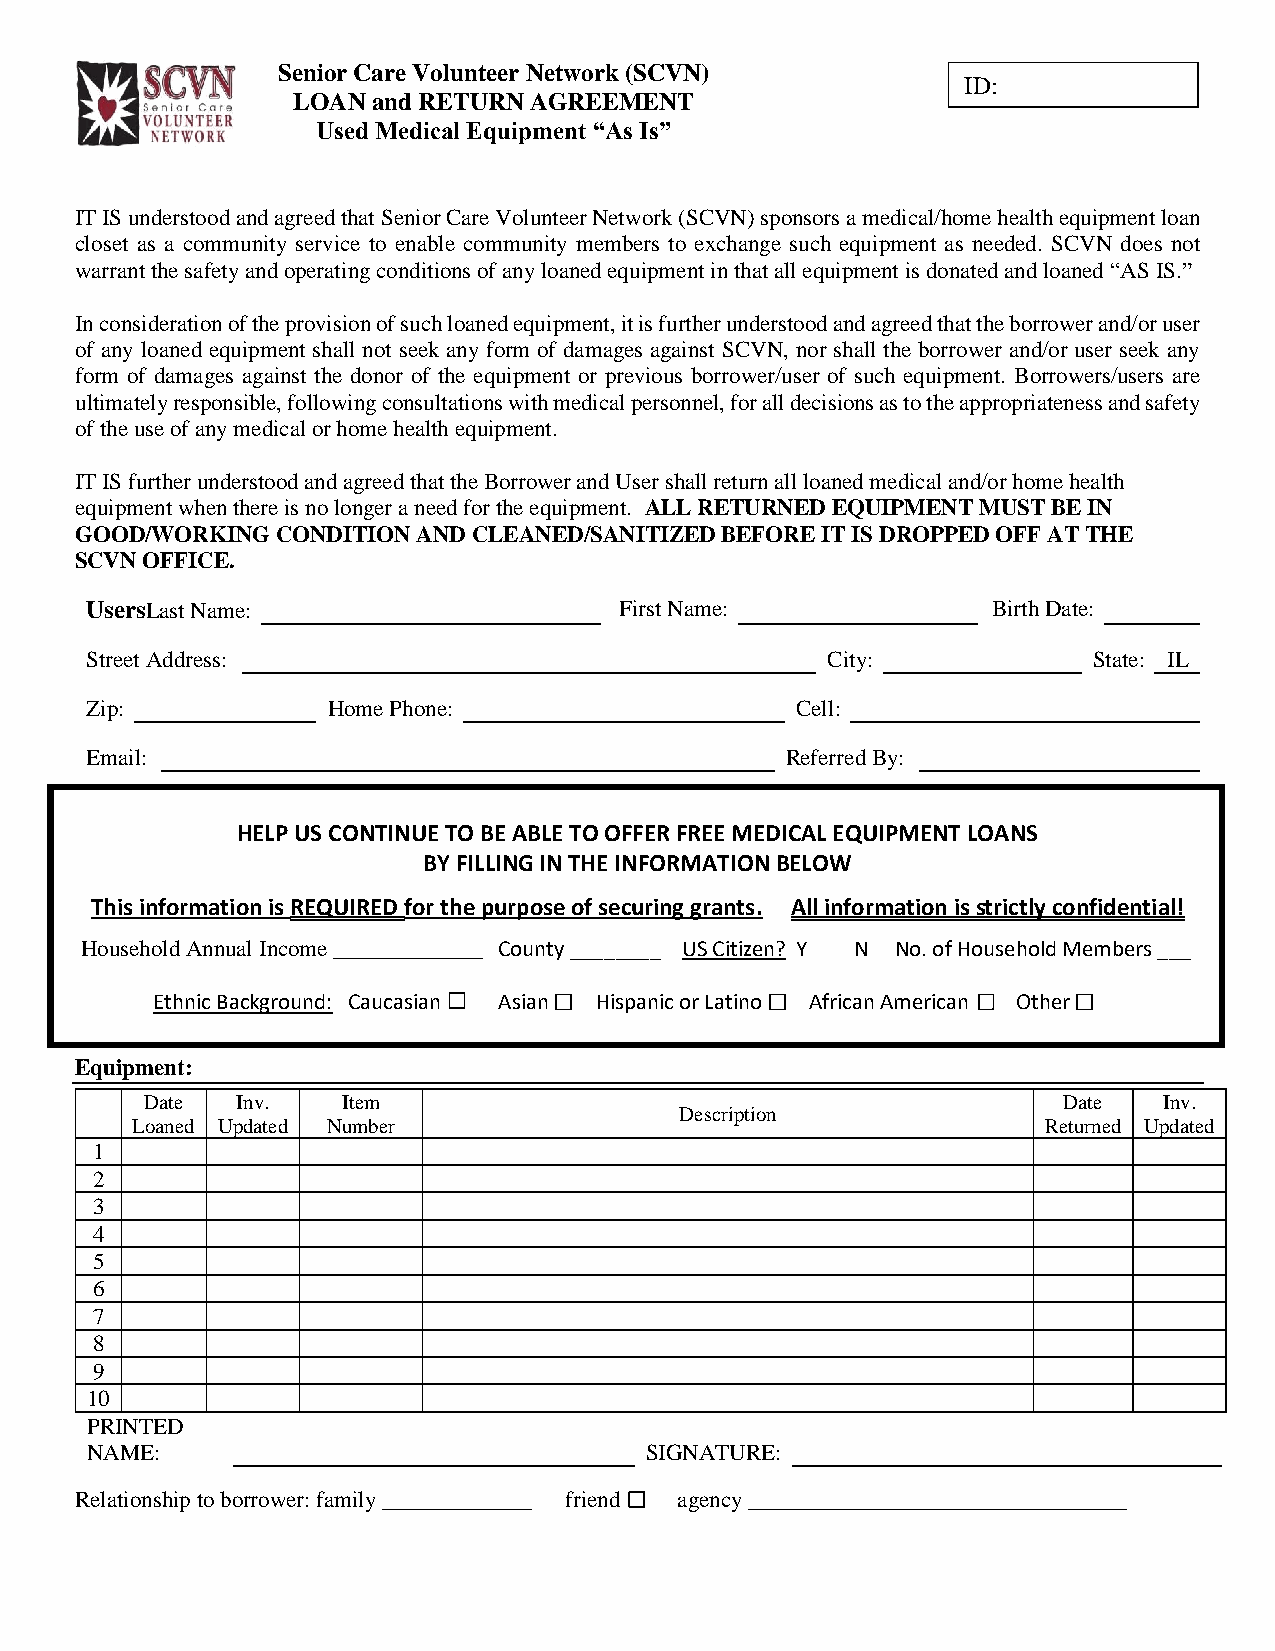
Senior Care Volunteer Network (SCVN)
 ID:
 LOAN  and RETURN AGREEMENT
 Used Medical Equipment “As Is”
 IT IS understood and agreed that Senior Care Volunteer Network (SCVN) sponsors a medical/home health equipment loan
 closet as a community service to enable community members to exchange such equipment as needed. SCVN does not
 warrant the safety and operating conditions of any loaned equipment in that all equipment is donated and loaned “AS IS.”
 In consideration of the provision of such loaned equipment, it is further understood and agreed that the borrower and/or user
 of any loaned equipment shall not seek any form of damages against SCVN, nor shall the borrower and/or user seek any
 form of damages against the donor of the equipment or previous borrower/user of such equipment. Borrowers/users are
 ultimately responsible, following consultations with medical personnel, for all decisions as to the appropriateness and safety
 of the use of any medical or home health equipment.
 IT IS further understood and agreed that the Borrower and User shall return all loaned medical and/or home health
 equipment when there is no longer a need for the equipment. ALL RETURNED EQUIPMENT MUST BE IN
 GOOD/WORKING CONDITION AND CLEANED/SANITIZED BEFORE IT IS DROPPED OFF AT THE
 SCVN OFFICE.
 UsersLast Name:                    First Name:              Birth Date:
 Street Address:                                  City:            State: IL
 Zip:            Home Phone:                    Cell:
 Email:                                        Referred By:
 HELP US CONTINUE TO BE ABLE TO OFFER FREE MEDICAL EQUIPMENT LOANS
 BY FILLING IN THE INFORMATION BELOW
 This information is REQUIRED for the purpose of securing grants. All information is strictly confidential!
 Household Annual Income _____________ County ________ US Citizen? Y N No. of Household Members ___
 Ethnic Background: Caucasian Asian Hispanic or Latino African American Other
 Equipment:
 Date  Inv.   Item                                           Date   Inv.
 Description
 Loaned Updated Number                                       Returned Updated
 1
 2
 3
 4
 5
 6
 7
 8
 9
 10
 PRINTED
 NAME:                                SIGNATURE:
 Relationship to borrower: family _____________ friend agency _________________________________